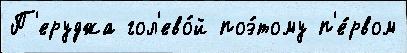
П'еруджа гол'ево́й поэ́тому п'е́рвом